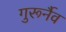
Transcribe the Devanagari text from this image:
गुरूर्नैव